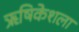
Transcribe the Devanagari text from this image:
ऋषिकेशला